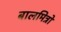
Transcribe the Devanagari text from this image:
बालमित्रो